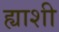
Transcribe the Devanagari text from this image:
ह्याशी